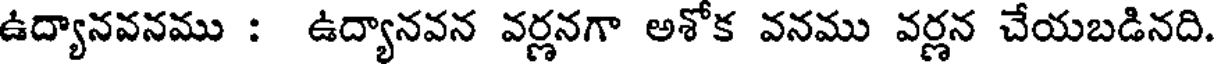
ఉద్యానవనము : ఉద్యానవన వర్ణనగా అశోక వనము వర్ణన చేయబడినది.